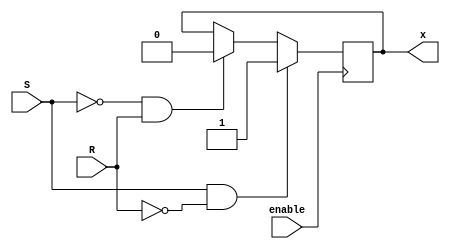
module gated_sr_ff (
    input S,
    input R,
    input enable,
    output reg x
);

always @(posedge enable) begin
    if (enable) begin
        if (S && !R) begin
            x <= 1'b1;
        end else if (!S && R) begin
            x <= 1'b0;
        end;
    end
end

endmodule